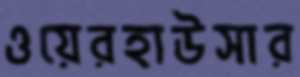
ওয়েরহাউসার